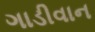
ગાડીવાન